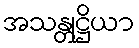
အသန္တုဋ္ဌိယာ